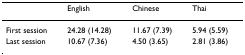
|  | English | Chinese | Thai |
 | --- | --- | --- | --- |
 | First session | 24.28 (14.28) | 11.67 (7.39) | 5.94 (5.59) |
 | Last session | 10.67 (7.36) | 4.50 (3.65) | 2.81 (3.86) |